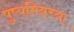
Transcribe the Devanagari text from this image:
पुष्यमित्रच्या